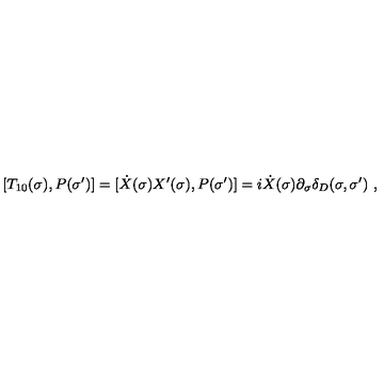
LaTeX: [ T _ { 1 0 } ( \sigma ) , P ( \sigma ^ { \prime } ) ] = [ \dot { X } ( \sigma ) X ^ { \prime } ( \sigma ) , P ( \sigma ^ { \prime } ) ] = i \dot { X } ( \sigma ) \partial _ { \sigma } \delta _ { D } ( \sigma , \sigma ^ { \prime } ) \ ,